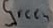
Text: Green